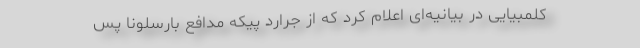
کلمبیایی در بیانیه‌ای اعلام کرد که از جرارد پیکه مدافع بارسلونا پس